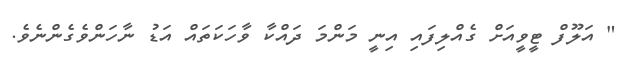
" އަލޫފް ޓީވީއަށް ގެއްލިފައި އިނީ މަންމަ ދައްކާ ވާހަކަތައް އަޑު ނާހަންވެގެންނެވެ.